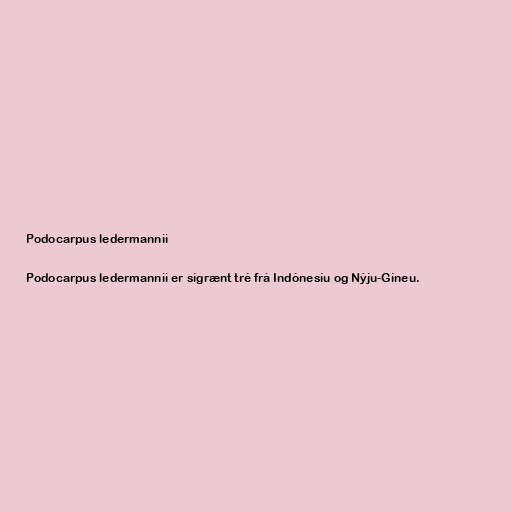
Podocarpus ledermannii

Podocarpus ledermannii er sígrænt tré frá Indónesíu og Nýju-Gíneu.